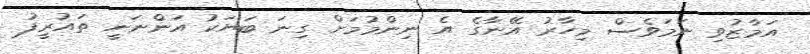
އަމާޒުވި ނަމަވެސް މިހާރު އޭނާގެ އެ ނިންމުމަށް ގިނަ ބަޔަކު އަންނަނީ ތައުރީފު